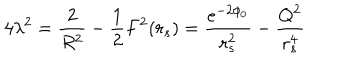
4 \lambda ^ { 2 } = \frac { 2 } { R ^ { 2 } } - \frac { 1 } { 2 } F ^ { 2 } ( r _ { s } ) = \frac { e ^ { - 2 \phi _ { 0 } } } { r _ { s } ^ { 2 } } - \frac { Q ^ { 2 } } { r _ { s } ^ { 4 } }